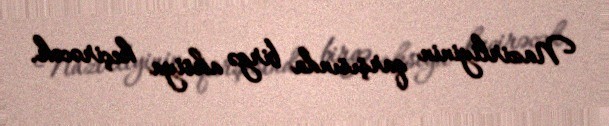
Nazirliyinin qarşısında birgə aksiya keçirəcək.